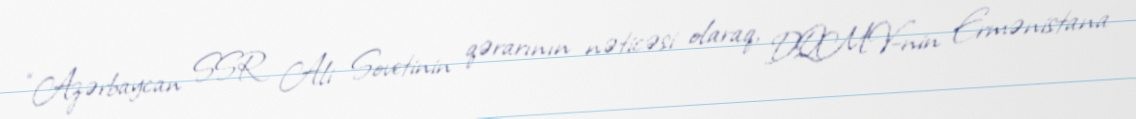
“Azərbaycan SSR Ali Sovetinin qərarının nəticəsi olaraq, DQMV-nin Ermənistana